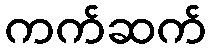
ကက်ဆက်